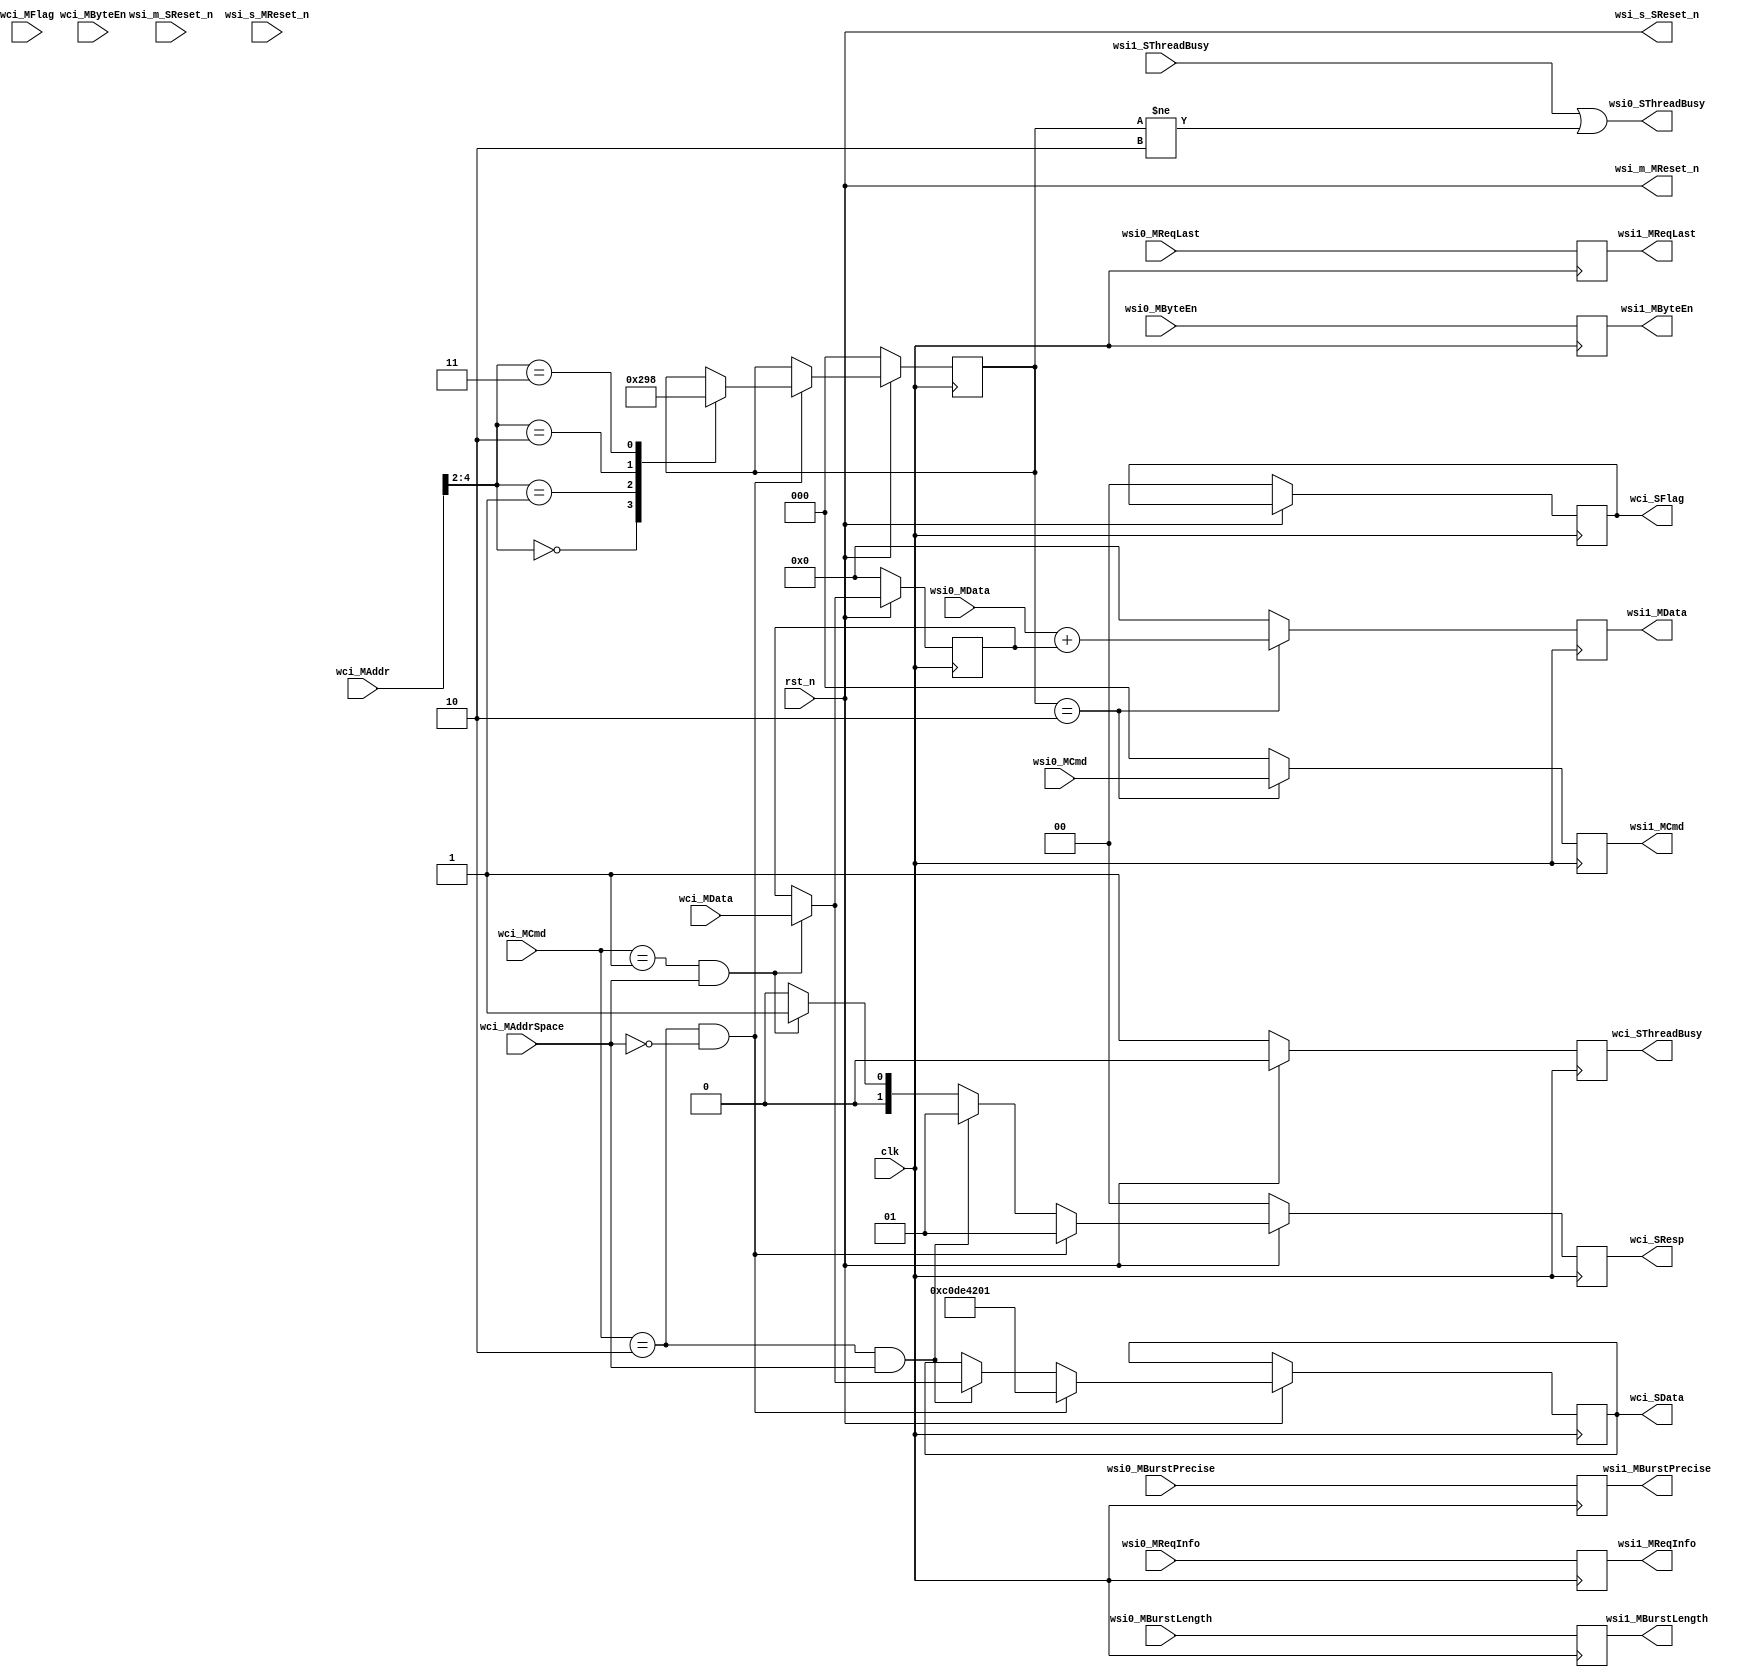
// biasWorker.v - hand coded verilog of biasWorker
// Copyright (c) 2009-2010 Atomic Rules LLC - ALL RIGHTS RESERVED

// 2009-07-11 ssiegel creation
// 2010-01-19 ssiegel VHDL manually converted to Verilog 
// 2010-03-01 ssiegel Added Peer-Peer WSI Resets

  module biasWorker (
   input         clk,
   input         rst_n,

   // Worker Control Interface (WCI) Slave Signals...
   input      [2:0]  wci_MCmd,
   input      [0:0]  wci_MAddrSpace,
   input      [3:0]  wci_MByteEn,
   input      [19:0] wci_MAddr,
   input      [31:0] wci_MData,
   output reg [1:0]  wci_SResp,
   output reg [31:0] wci_SData,
   input      [1:0]  wci_MFlag,
   output reg [1:0]  wci_SFlag,
   output reg        wci_SThreadBusy,

   // Worker Streaming Interface (WSI0) Slave Signals...
   input [2:0]       wsi0_MCmd,
   input             wsi0_MReqLast,
   input             wsi0_MBurstPrecise,
   input [11:0]      wsi0_MBurstLength,
   input [31:0]      wsi0_MData,
   input [3:0]       wsi0_MByteEn,
   input [7:0]       wsi0_MReqInfo,
   output            wsi0_SThreadBusy,

   // Worker Streaming Interface (WSI1) Master Signals...
   output reg [2:0]  wsi1_MCmd,
   output reg        wsi1_MReqLast,
   output reg        wsi1_MBurstPrecise,
   output reg [11:0] wsi1_MBurstLength,
   output reg [31:0] wsi1_MData,
   output reg [3:0]  wsi1_MByteEn,
   output reg [7:0]  wsi1_MReqInfo,
   input             wsi1_SThreadBusy,

   // Peer to Peer OCP Resets...
   output            wsi_m_MReset_n,
   input             wsi_m_SReset_n,
   input             wsi_s_MReset_n,
   output            wsi_s_SReset_n
 );

  reg [31:0] biasValue;
  reg [2:0]  wci_ctlSt;
  wire wci_cfg_write, wci_cfg_read, wci_ctl_op;

  assign wci_cfg_write = (wci_MCmd==3'h1 && wci_MAddrSpace[0]==1'b1);
  assign wci_cfg_read  = (wci_MCmd==3'h2 && wci_MAddrSpace[0]==1'b1);
  assign wci_ctl_op    = (wci_MCmd==3'h2 && wci_MAddrSpace[0]==1'b0);

  // When this worker is WCI reset, propagate reset out to WSI partners...
  assign wsi_m_MReset_n = rst_n;
  assign wsi_s_SReset_n = rst_n;

  //Pass the SThreadBusy upstream without pipelining...
  assign wsi0_SThreadBusy = (wsi1_SThreadBusy || (wci_ctlSt!=2'h2));
  
  always@(posedge clk)
  begin
                                           // Registered Operations that don't care about reset...
    if (wci_ctlSt == 2'h2) begin           // Implement the biasWorker function when operating...
      wsi1_MData = wsi0_MData + biasValue; // add the bias
      wsi1_MCmd  = wsi0_MCmd;
    end else begin                         // Or block the WSI pipeline cleanly...
      wsi1_MData = 0;
      wsi1_MCmd  = 3'h0;                   // Idle
    end
    
	 // Pass through signals of the WSI interface that we maintain, but do not use...
    wsi1_MReqLast       = wsi0_MReqLast;
    wsi1_MBurstPrecise  = wsi0_MBurstPrecise;
    wsi1_MBurstLength   = wsi0_MBurstLength;
    wsi1_MByteEn        = wsi0_MByteEn;
    wsi1_MReqInfo       = wsi0_MReqInfo;

    // Implement minimal WCI attach logic...
    wci_SThreadBusy     = 1'b0;                 
    wci_SResp           = 2'b0;

    if (rst_n==1'b0) begin                 // Reset Conditions...
      wci_ctlSt       = 3'h0;
      wci_SResp       = 2'h0;
      wci_SFlag       = 2'h0;
      wci_SThreadBusy = 2'b1;             
      biasValue       = 32'h0000_0000;
    end else begin                         // When not Reset...
      // WCI Configuration Property Writes...
      if (wci_cfg_write==1'b1) begin
        biasValue = wci_MData;             // Write the biasValue Configuration Property
        wci_SResp = 2'h1;
      end
      // WCI Configuration Property Reads...
      if (wci_cfg_read==1'b1) begin
        wci_SData = biasValue;             // Read the biasValue Configuration Property
        wci_SResp = 2'h1;
      end
      //WCI Control Operations...
      if (wci_ctl_op==1'b1) begin 
        case (wci_MAddr[4:2]) 
          2'h0 : wci_ctlSt = 3'h1;  // when wciCtlOp_Initialize  => wci_ctlSt  <= wciCtlSt_Initialized;
          2'h1 : wci_ctlSt = 3'h2;  // when wciCtlOp_Start       => wci_ctlSt  <= wciCtlSt_Operating;
          2'h2 : wci_ctlSt = 3'h3;  // when wciCtlOp_Stop        => wci_ctlSt  <= wciCtlSt_Suspended;
          2'h3 : wci_ctlSt = 3'h0;  // when wciCtlOp_Release     => wci_ctlSt  <= wciCtlSt_Exists;
        endcase
        wci_SData = 32'hC0DE_4201;
        wci_SResp = 2'h1;
      end  

    end  // end of not reset clause
  end  // end of always block
endmodule

// Type definitions from VHDL...
//subtype  wciCtlOpT is std_logic_vector(2 downto 0);
  //constant wciCtlOp_Initialize  : wciCtlOpT  := "000";
  //constant wciCtlOp_Start       : wciCtlOpT  := "001";
  //constant wciCtlOp_Stop        : wciCtlOpT  := "010";
  //constant wciCtlOp_Release     : wciCtlOpT  := "011";
  //constant wciCtlOp_Test        : wciCtlOpT  := "100";
  //constant wciCtlOp_BeforeQuery : wciCtlOpT  := "101";
  //constant wciCtlOp_AfterConfig : wciCtlOpT  := "110";
  //constant wciCtlOp_Rsvd7       : wciCtlOpT  := "111";
//subtype  wciCtlStT is std_logic_vector(2 downto 0);
  //constant wciCtlSt_Exists      : wciCtlStT  := "000";
  //constant wciCtlSt_Initialized : wciCtlStT  := "001";
  //constant wciCtlSt_Operating   : wciCtlStT  := "010";
  //constant wciCtlSt_Suspended   : wciCtlStT  := "011";
  //constant wciCtlSt_Unusable    : wciCtlStT  := "100";
  //constant wciCtlSt_Rsvd5       : wciCtlStT  := "101";
  //constant wciCtlSt_Rsvd6       : wciCtlStT  := "110";
  //constant wciCtlSt_Rsvd7       : wciCtlStT  := "111";
//subtype  wciRespT is std_logic_vector(31 downto 0);
  //constant wciResp_OK           : wciRespT   := X"C0DE_4201";
  //constant wciResp_Error        : wciRespT   := X"C0DE_4202";
  //constant wciResp_Timeout      : wciRespT   := X"C0DE_4203";
  //constant wciResp_Reset        : wciRespT   := X"C0DE_4204";
//subtype  ocpCmdT is std_logic_vector(2 downto 0);
  //constant ocpCmd_IDLE          : ocpCmdT    := "000";
  //constant ocpCmd_WR            : ocpCmdT    := "001";
  //constant ocpCmd_RD            : ocpCmdT    := "010";
//subtype  ocpRespT is std_logic_vector(1 downto 0);
  //constant ocpResp_NULL         : ocpRespT   := "00";
  //constant ocpResp_DVA          : ocpRespT   := "01";
  //constant ocpResp_FAIL         : ocpRespT   := "10";
  //constant ocpResp_ERR          : ocpRespT   := "11";